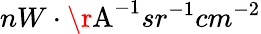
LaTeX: nW\cdot\textup{\r{A}}^{-1}sr^{-1}cm^{-2}